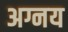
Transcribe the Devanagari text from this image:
अग्नय